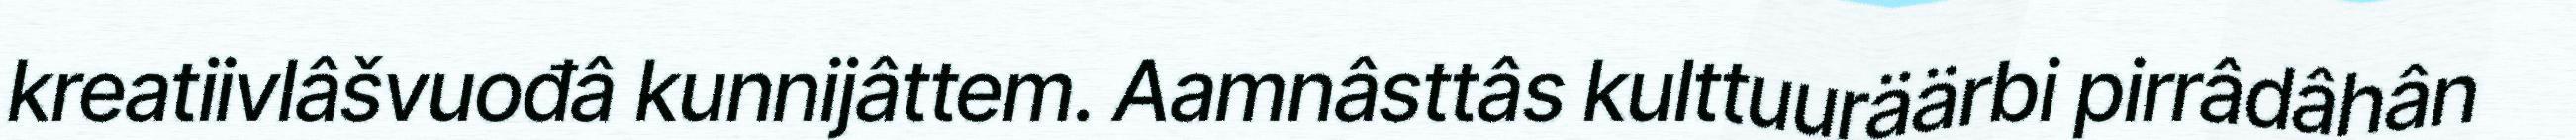
kreatiivlâšvuođâ kunnijâttem. Aamnâsttâs kulttuuräärbi pirrâdâhân